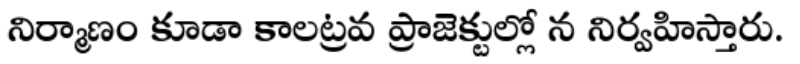
నిర్మాణం కూడా కాలట్రవ ప్రాజెక్టుల్లో న నిర్వహిస్తారు.